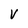
Character: V